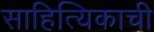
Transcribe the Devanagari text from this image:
साहित्यिकाची